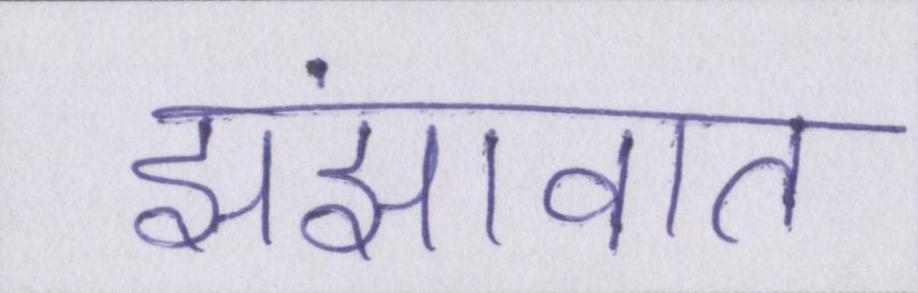
झंझावात